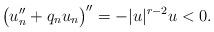
LaTeX: \begin{align*}\bigl(u_n''+q_n u_n\bigr)''=-|u|^{r-2}u<0 .\end{align*}